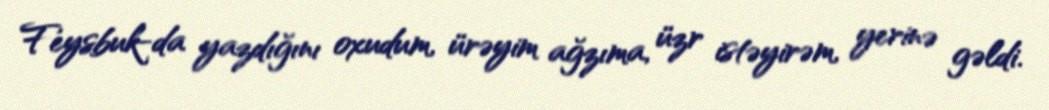
Feysbuk-da yazdığını oxudum, ürəyim ağzıma, üzr istəyirəm, yerinə gəldi.